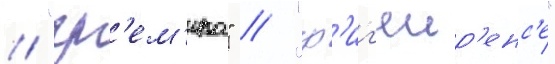
/ "гр'ем'ио" / "ф'иг'еир'енс'е"